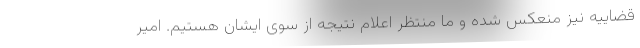
قضاییه نیز منعکس شده و ما منتظر اعلام نتیجه از سوی ایشان هستیم. امیر